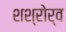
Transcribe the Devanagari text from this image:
शश्रोर्व